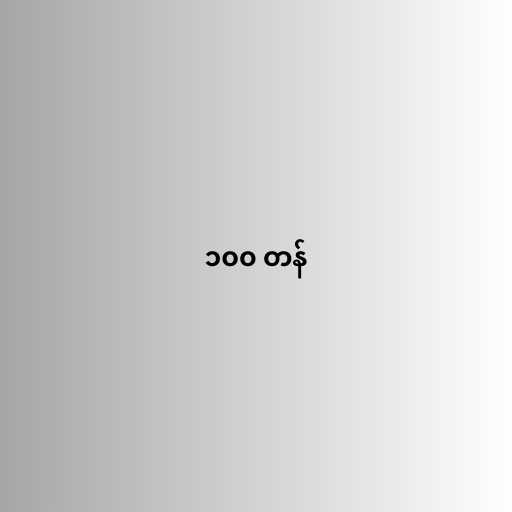
၁၀၀ တန်